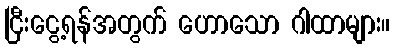
ငြီးငွေ့ရန်အတွက် ဟောသော ဂါထာများ။